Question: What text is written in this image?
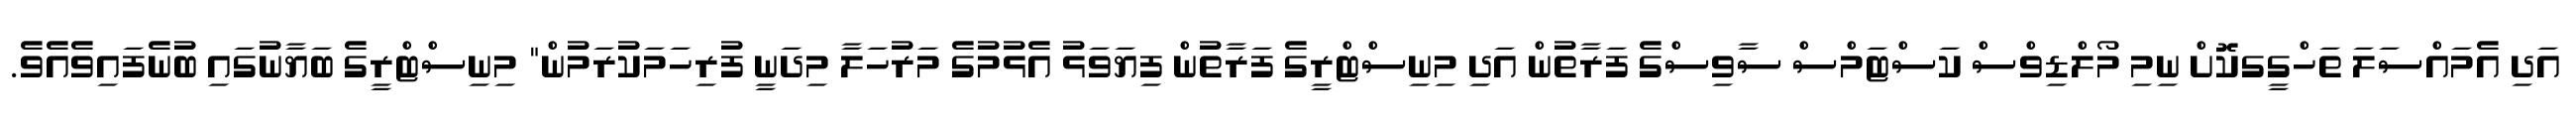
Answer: އަދި އެމައްސަލަ ތަހްގީގކޮށް ނިމި މޯލްޑިވްސް ކަސްޓަމްސް ސާވިސްގެ ފަރާތުން އަދި މިނިސްޓްރީގެ ފަރާތުން ފިޔަވަޅު އެޅުމުގެ މަރުހަލާ މިދަނީ ފުރިހަމަކުރަމުން" މިނިސްޓްރީގެ ބަޔާނުގައި ބުނެފައިވެއެވެ.